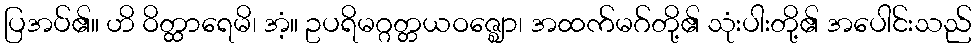
ပြအပ်၏။ ဟိ ဝိတ္ထာရေမိ၊ အံ့။ ဥပရိမဂ္ဂတ္တယဝဇ္ဈော၊ အထက်မဂ်တို့၏ သုံးပါးတို့၏ အပေါင်းသည်